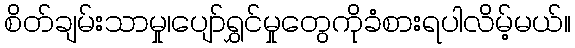
စိတ်ချမ်းသာမှု၊ပျော်ရွှင်မှုတွေကိုခံစားရပါလိမ့်မယ်။